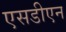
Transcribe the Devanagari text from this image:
एसडीएन